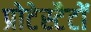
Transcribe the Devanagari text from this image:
प्रोटेस्टैटों